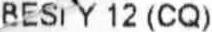
BESI Y 12 (CQ)